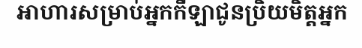
អាហារសម្រាប់អ្នកកីឡាជូនប្រិយមិត្តអ្នក